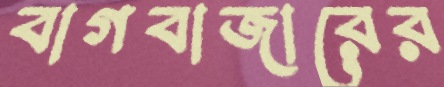
বাগবাজারের